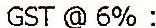
GST @ 6% :